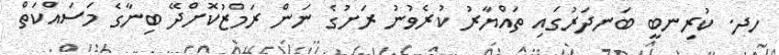
ހދ. ކުރިނބީ ބަނދަރުގައި ތައްޔާރު ކުރެވުނު ރަށުގެ ނަން ރަމްޒުކޮށްދޭ ބިނާގެ މަސައްކަތް